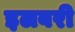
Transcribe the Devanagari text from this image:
इलबरी